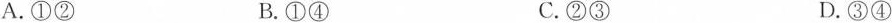
A.①②B.①④C.②③D.③④